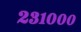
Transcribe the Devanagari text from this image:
२३१०००